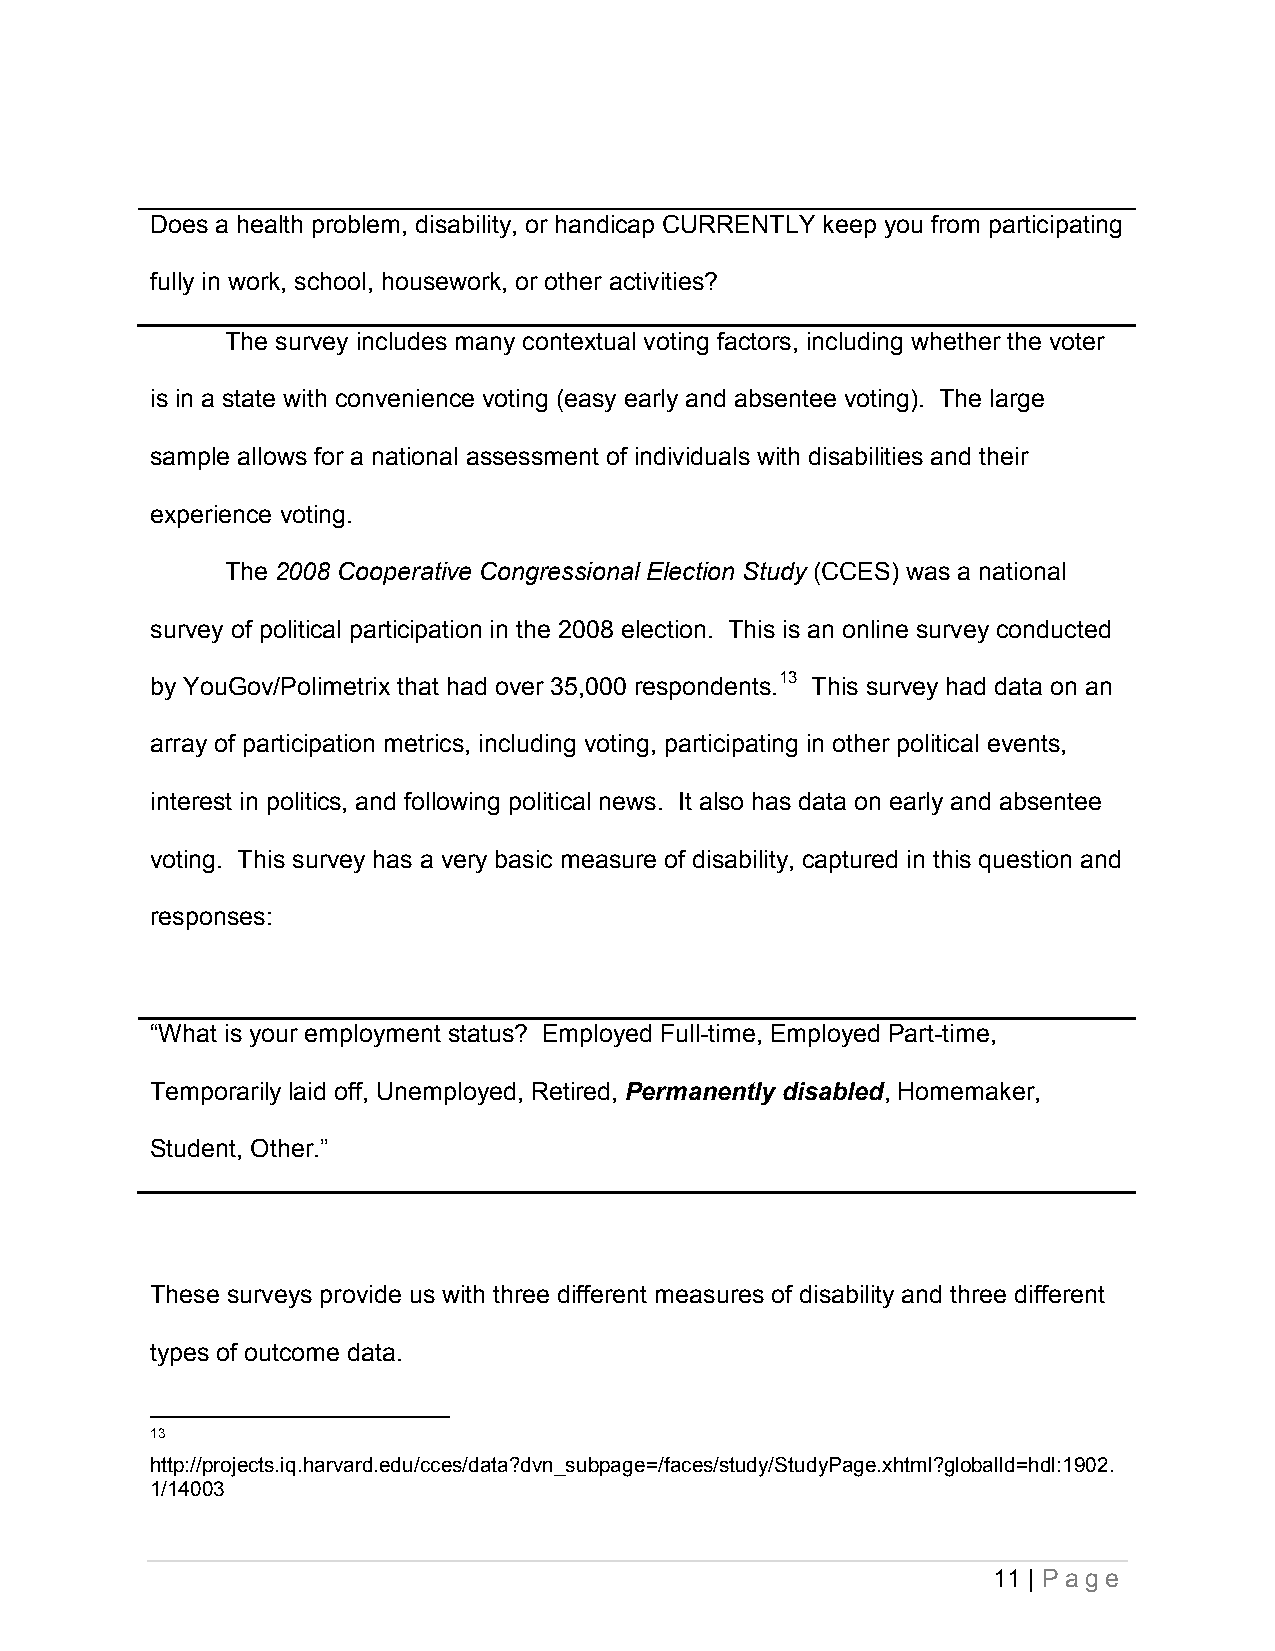
Does a health problem, disability, or handicap CURRENTLY keep you from participating
 fully in work, school, housework, or other activities?
 The survey includes many contextual voting factors, including whether the voter
 is in a state with convenience voting (easy early and absentee voting). The large
 sample allows for a national assessment of individuals with disabilities and their
 experience voting.
 The 2008 Cooperative Congressional Election Study (CCES) was a national
 survey of political participation in the 2008 election. This is an online survey conducted
 by YouGov/Polimetrix that had over 35,000 respondents.13 This survey had data on an
 array of participation metrics, including voting, participating in other political events,
 interest in politics, and following political news. It also has data on early and absentee
 voting. This survey has a very basic measure of disability, captured in this question and
 responses:
 “What is your employment status? Employed Full-time, Employed Part-time,
 Temporarily laid off, Unemployed, Retired, Permanently disabled, Homemaker,
 Student, Other.”
 These surveys provide us with three different measures of disability and three different
 types of outcome data.
 13
 http://projects.iq.harvard.edu/cces/data?dvn_subpage=/faces/study/StudyPage.xhtml?globalId=hdl:1902.
 1/14003
 11 | P a ge